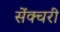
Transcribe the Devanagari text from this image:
सेंक्चरी